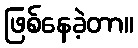
ဖြစ်နေခဲ့တာ။